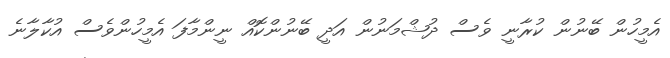
އެމީހުން ބޭނުން ކުރާނީ ވެސް ދުޝްމަނުން އަދީ ބޭނުންކޮއް ނީންމާފަ އެމީހުންވެސް އުކާލާނެ